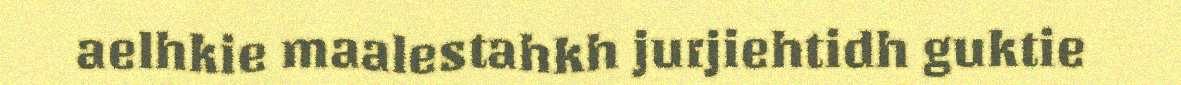
aelhkie maalestahkh jurjiehtidh guktie